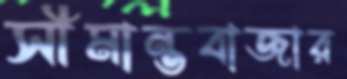
সীমান্তবাজার